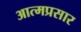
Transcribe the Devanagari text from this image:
आत्मप्रसार